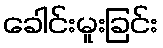
ခေါင်းမူးခြင်း